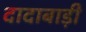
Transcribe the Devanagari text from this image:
दादाबाड़ी